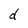
Character: d